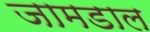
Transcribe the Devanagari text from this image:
जामडाल